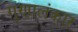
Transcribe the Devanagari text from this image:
गुणालंकार